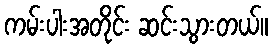
ကမ်းပါးအတိုင်း ဆင်းသွားတယ်။